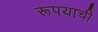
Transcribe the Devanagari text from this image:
रूपयाची